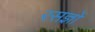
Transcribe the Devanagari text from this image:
रसज्ञों